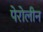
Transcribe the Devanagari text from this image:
पेरोलीन